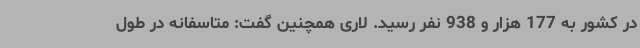
در کشور به 177 هزار و 938 نفر رسید. لاری همچنین گفت: متاسفانه در طول